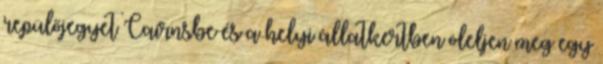
repülőjegyet Cairnsbe és a helyi állatkertben öleljen meg egy